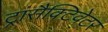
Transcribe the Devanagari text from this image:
ट्रांसैक्टिवेटर